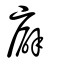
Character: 廦